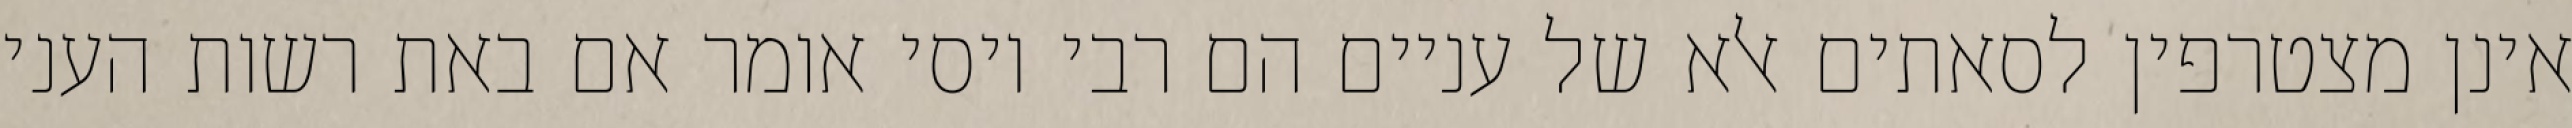
אינן מצטרפין לסאתים אלא של עניים הם רבי יוסי אומר אם באת רשות העני